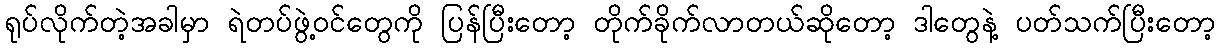
ရုပ်လိုက်တဲ့အခါမှာ ရဲတပ်ဖွဲ့ဝင်တွေကို ပြန်ပြီးတော့ တိုက်ခိုက်လာတယ်ဆိုတော့ ဒါတွေနဲ့ ပတ်သက်ပြီးတော့